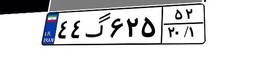
۴۴گ۶۲۵۵۲